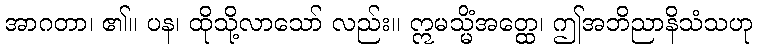
အာဂတာ၊ ၏။ ပန၊ ထိုသို့လာသော် လည်း။ ဣမသ္မိံအတ္ထေ၊ ဤအဘိညာနိသံသဟု